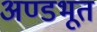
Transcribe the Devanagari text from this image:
अण्डभूत